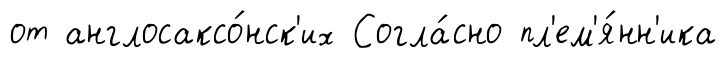
от англосаксо́нск'их Согла́сно пл'ем'я́нн'ика